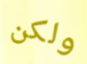
ولكن